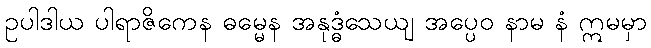
ဥပါဒါယ ပါရာဇိကေန ဓမ္မေန အနုဒ္ဓံသေယျ အပ္ပေဝ နာမ နံ ဣမမှာ